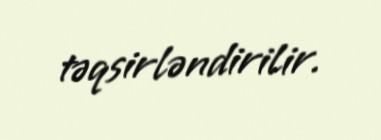
təqsirləndirilir.